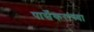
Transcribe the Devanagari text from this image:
पार्सेकरांच्या